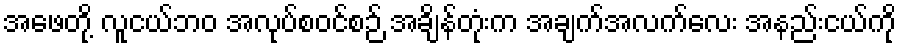
အဖေတို့ လူငယ်ဘဝ အလုပ်စဝင်စဉ် အချိန်တုံးက အချက်အလက်လေး အနည်းငယ်ကို